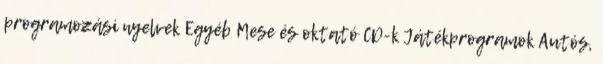
programozási nyelvek Egyéb Mese és oktató CD-k Játékprogramok Autós,